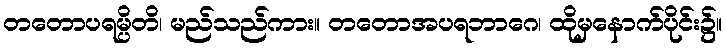
တတောပရမ္ပိတိ၊ မည်သည်ကား။ တတောအပရဘာဂေ၊ ထိုမှနောက်ပိုင်း၌။